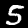
Label: 5